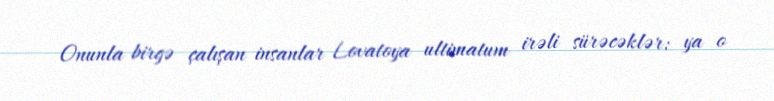
Onunla birgə çalışan insanlar Lovatoya ultimatum irəli sürəcəklər: ya o